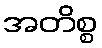
အတိစ္စ